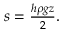
\begin{array} { r } { s = { \frac { h \rho g z } { 2 } } . } \end{array}